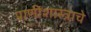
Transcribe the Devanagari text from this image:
प्राणीशास्त्राचे